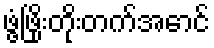
ဖွံ့ဖြိုးတိုးတက်အောင်